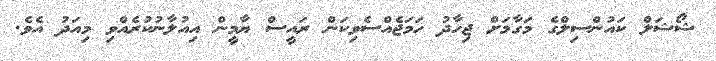
ޝޯޝަލް ކައުންސިލްގެ މަގާމަށް ޖިހާދު ހަމަޖެއްސެވިކަން ރައީސް ޔާމީން އިއުލާނުކުރެއްވި މިއަދު އެވެ.